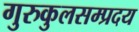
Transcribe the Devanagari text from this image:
गुरुकुलसम्प्रदय